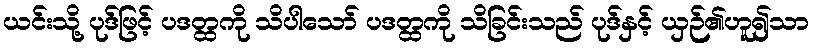
ယင်းသို့ ပုဒ်ဖြင့် ပဒတ္ထကို သိပါသော် ပဒတ္ထကို သိခြင်းသည် ပုဒ်နှင့် ယှဉ်၏ဟူ၍သာ